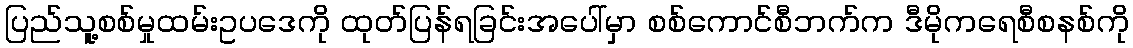
ပြည်သူ့စစ်မှုထမ်းဥပဒေကို ထုတ်ပြန်ရခြင်းအပေါ်မှာ စစ်ကောင်စီဘက်က ဒီမိုကရေစီစနစ်ကို